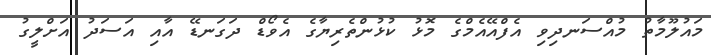
މައުލޫމާތު މުއްސަނދިވި އެފްއޭއެމްގެ މޮޅު ކުޅުންތެރިޔާގެ އެވޯޑް ދަގަނޑޭ އާއި އަސަދު އަށްލީގު